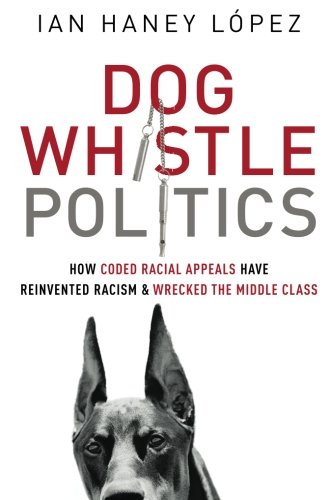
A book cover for Dog Whistle Politics: How Coded Racial Appeals Have Reinvented Racism and Wrecked the Middle Class; Ian Haney LÃ³pez; Politics & Social Sciences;